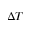
\Delta T